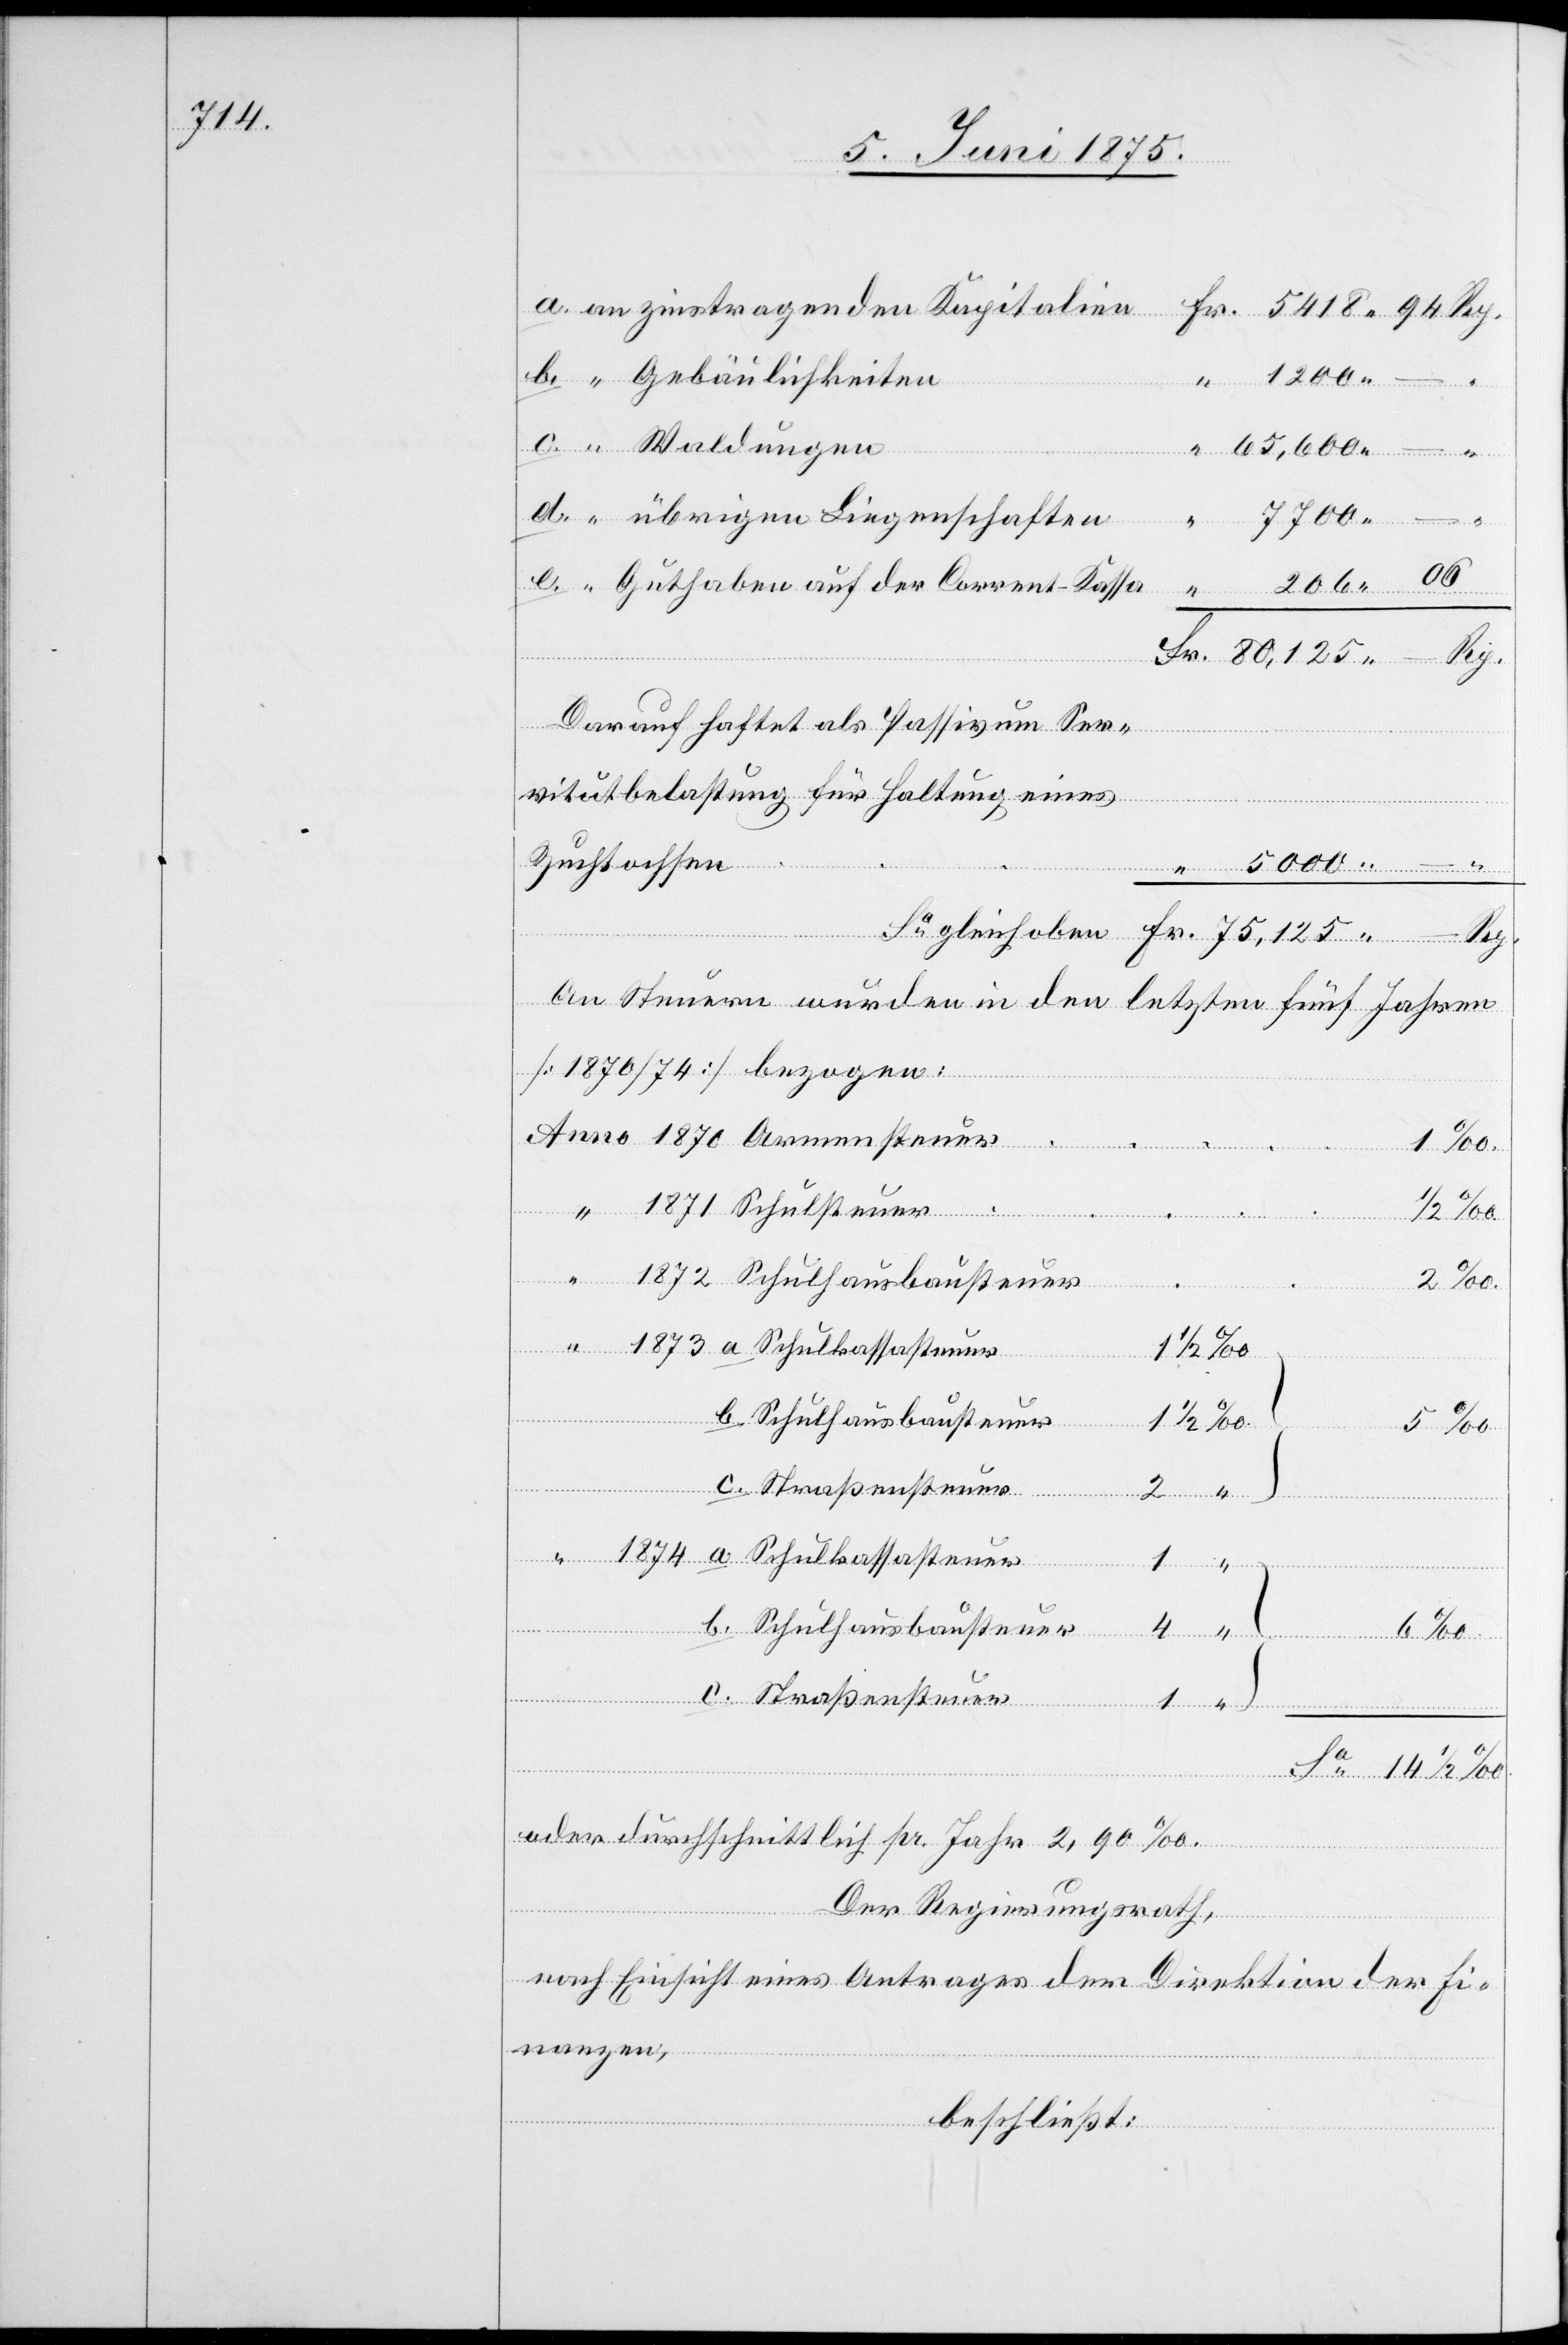
Gebäulichkeiten
übrigen Liegenschaften
206 06
Guthaben auf der Corrent-Kassa
Darauf haftet als Passivum Ser¬
vitutbelastung für Haltung eines
ungen
Zuchtochsen
1
Sa
Sch¬
An Steuern wurden in den letzten fünf Jahren
[1870/74] bezogen:
Schulhaus¬
talien
sas¬
baus¬
1874
d.
teuer
b. Schulhausbausteuer
c. Straßensteuer
Schulsteuer
oder durchschnittlich pr. Jahr 2,90‰.
Der Regierungsrath,
nach Einsicht eines Antrages der Direktion der Fi¬
nanzen,
beschließt:

an